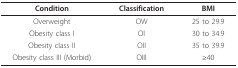
| Condition | Classification | BMI |
 | --- | --- | --- |
 | Overweight | OW | 25 to 29.9 |
 | Obesity class I | OI | 30 to 34.9 |
 | Obesity class II | OII | 35 to 39.9 |
 | Obesity class III (Morbid) | OIII | ≥40 |